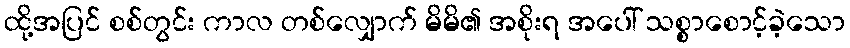
ထို့အပြင် စစ်တွင်း ကာလ တစ်လျှောက် မိမိ၏ အစိုးရ အပေါ် သစ္စာစောင့်ခဲ့သော